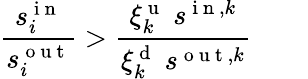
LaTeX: \frac{s_{i}^{\mathrm{~i~n~}}}{s_{i}^{\mathrm{~o~u~t~}}}>\frac{\xi_{k}^{\mathrm{~u~}}\; s^{\mathrm{~i~n~},k}}{\xi_{k}^{\mathrm{~d~}}\; s^{\mathrm{~o~u~t~},k}}\qquad